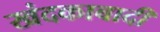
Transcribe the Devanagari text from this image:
खंदकाबादी